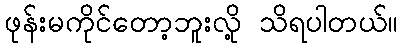
ဖုန်းမကိုင်တော့ဘူးလို့ သိရပါတယ်။